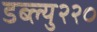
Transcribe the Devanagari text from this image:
डब्ल्यु२२०